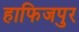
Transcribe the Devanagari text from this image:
हाफिजपुर